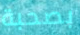
بصحبة